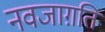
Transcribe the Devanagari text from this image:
नवजाग़ति